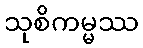
သုစိကမ္မဿ